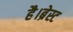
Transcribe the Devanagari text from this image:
है।ब्रेस्ट